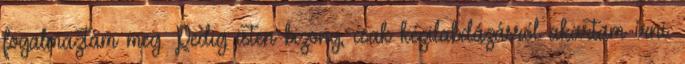
fogalmaztam meg. Pedig isten bizony, csak kézilabdázásról akartam írni.